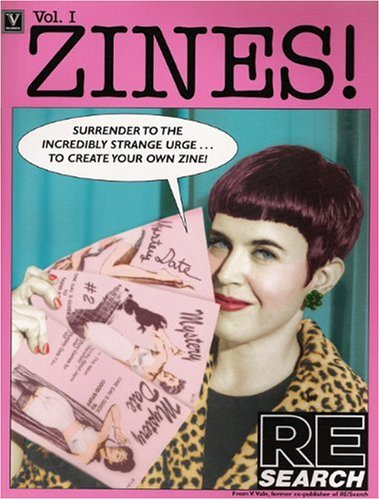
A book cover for Zines! Vol.1; V Vale; Humor & Entertainment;